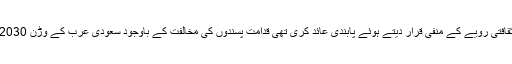
سعودی عرب نے 1980 میں سینما کو مذہبی اور ثقافتی رویے کے منفی قرار دیتے ہوئے پابندی عائد کری تھی قدامت پسندوں کی مخالفت کے باوجود سعودی عرب کے وڑن 2030 کے تحت سینما گھروں سے پابندی ہٹائی گئی تھی۔